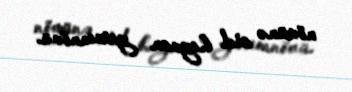
növünə aid heyvan yarımnövü.